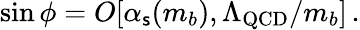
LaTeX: \sin\phi=O[\alpha_{\mathsf{s}}(m_{b}),\Lambda_{\mathrm{{QCD}}}/m_{b}]\, .